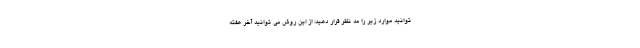
توانید موارد زیر را مد نظر قرار دهید: از این روش می توانید آخر هفته